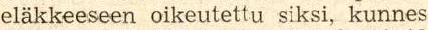
eläkkeeseen oikeutettu siksi, kunnes